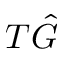
T \hat { G }